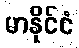
မာနိုင်ငံ